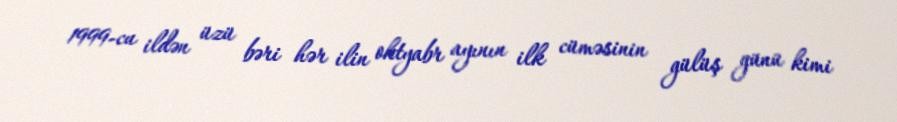
1999-cu ildən üzü bəri hər ilin oktyabr ayının ilk cüməsinin gülüş günü kimi